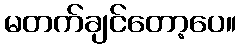
မတက်ချင်တော့ပေ။